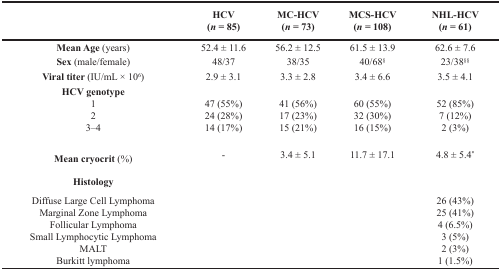
<table><thead><tr><td></td><td><b>HCV (<i>n</i> = 85)</b></td><td><b>MC-HCV (<i>n</i> = 73)</b></td><td><b>MCS-HCV (<i>n</i> = 108)</b></td><td><b>NHL-HCV (<i>n</i> = 61)</b></td></tr></thead><tbody><tr><td><b>Mean Age</b> (years)</td><td>52.4 ± 11.6</td><td>56.2 ± 12.5</td><td>61.5 ± 13.9</td><td>62.6 ± 7.6</td></tr><tr><td><b>Sex</b> (male/female)</td><td>48/37</td><td>38/35</td><td>40/68<sup>§</sup></td><td>23/38<sup>§§</sup></td></tr><tr><td><b>Viral titer</b> (IU/mL × 10<sup>6</sup>)</td><td>2.9 ± 3.1</td><td>3.3 ± 2.8</td><td>3.4 ± 6.6</td><td>3.5 ± 4.1</td></tr><tr><td><b>HCV genotype</b></td><td></td><td></td><td></td><td></td></tr><tr><td>1</td><td>47 (55%)</td><td>41 (56%)</td><td>60 (55%)</td><td>52 (85%)</td></tr><tr><td>2</td><td>24 (28%)</td><td>17 (23%)</td><td>32 (30%)</td><td>7 (12%)</td></tr><tr><td>3–4</td><td>14 (17%)</td><td>15 (21%)</td><td>16 (15%)</td><td>2 (3%)</td></tr><tr><td><b>Mean cryocrit</b> (%)</td><td>-</td><td>3.4 ± 5.1</td><td>11.7 ± 17.1</td><td>4.8 ± 5.4<sup>*</sup></td></tr><tr><td><b>Histology</b></td><td></td><td></td><td></td><td></td></tr><tr><td>Diffuse Large Cell Lymphoma</td><td></td><td></td><td></td><td>26 (43%)</td></tr><tr><td>Marginal Zone Lymphoma</td><td></td><td></td><td></td><td>25 (41%)</td></tr><tr><td>Follicular Lymphoma</td><td></td><td></td><td></td><td>4 (6.5%)</td></tr><tr><td>Small Lymphocytic Lymphoma</td><td></td><td></td><td></td><td>3 (5%)</td></tr><tr><td>MALT</td><td></td><td></td><td></td><td>2 (3%)</td></tr><tr><td>Burkitt lymphoma</td><td></td><td></td><td></td><td>1 (1.5%)</td></tr></tbody></table>